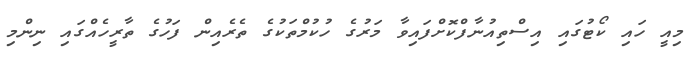
މިއީ ހައި ކޯޓުގައި އިސްތިއުނާފްކޮށްފައިވާ މަރުގެ ހުކުމްތަކުގެ ތެރެއިން ފަހުގެ ތާރީހެއްގައި ނިންމި